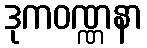
ဒုကဝဏ္ဏနာ